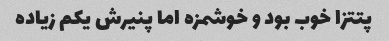
پتتزا خوب بود و خوشمزه اما پنیرش یکم زیاده